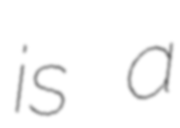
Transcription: is a